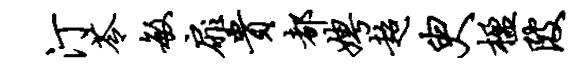
汀苓敏扉贵都娉超臾楹陂